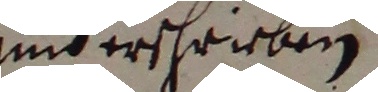
und erschrieben.